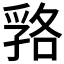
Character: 嗠